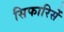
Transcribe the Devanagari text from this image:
सिफारिसें